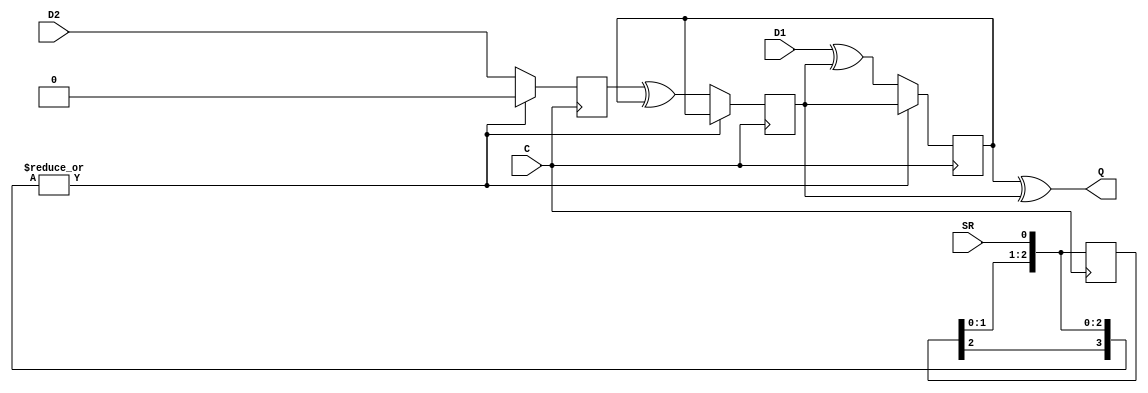
`ifdef verilator3
`else
`timescale 1 ps / 1 ps
`endif
//
// ODDRE1 primitive for Xilinx FPGAs
// Compatible with Verilator tool (www.veripool.org)
// Copyright (c) 2019-2022 Frdric REQUIN
// License : BSD
//

/* verilator coverage_off */
module ODDRE1
#(
    parameter [0:0] IS_C_INVERTED  = 1'b0,
    parameter [0:0] IS_D1_INVERTED = 1'b0,
    parameter [0:0] IS_D2_INVERTED = 1'b0,
    parameter       SIM_DEVICE     = "ULTRASCALE",
    parameter [0:0] SRVAL          = 1'b0
)
(
    input  C,
    input  D1,
    input  D2,
    input  SR,
    output Q
);
  
    wire       w_CLK = C  ^ IS_C_INVERTED;
    wire       w_D1  = D1 ^ IS_D1_INVERTED;
    wire       w_D2  = D2 ^ IS_D2_INVERTED;
    wire       w_SR;
    
    reg  [2:0] r_SR_cdc;
    
    reg        r_Q_p;
    reg        r_D2_p;
    reg        r_Q_n;

generate
    /* verilator lint_off WIDTH */
    if ((SIM_DEVICE == "EVEREST") || (SIM_DEVICE == "EVEREST_ES1") || (SIM_DEVICE == "EVEREST_ES2")) begin
    /* verilator lint_on WIDTH */
    
        assign w_SR = SR;
        
    end
    else begin

        always @(posedge w_CLK) begin
        
            r_SR_cdc <= { r_SR_cdc[1:0], SR };
        end
    
        assign w_SR = |{ SR, r_SR_cdc };
        
    end
endgenerate

    always @(posedge w_CLK) begin
    
        if (w_SR) begin
            r_Q_p  <= SRVAL ^ r_Q_n;
            r_D2_p <= SRVAL;
        end
        else begin
            r_Q_p  <= w_D1 ^ r_Q_n;
            r_D2_p <= w_D2;
        end
    end
    
    always @(negedge w_CLK) begin
    
        if (w_SR) begin
            r_Q_n <= SRVAL ^ r_Q_p;
        end
        else begin
            r_Q_n <= r_D2_p ^ r_Q_p;
        end
    end
    
    assign Q = r_Q_p ^ r_Q_n;
 
endmodule
/* verilator coverage_on */